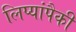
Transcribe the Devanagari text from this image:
लिप्यांपैकी